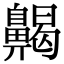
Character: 齃